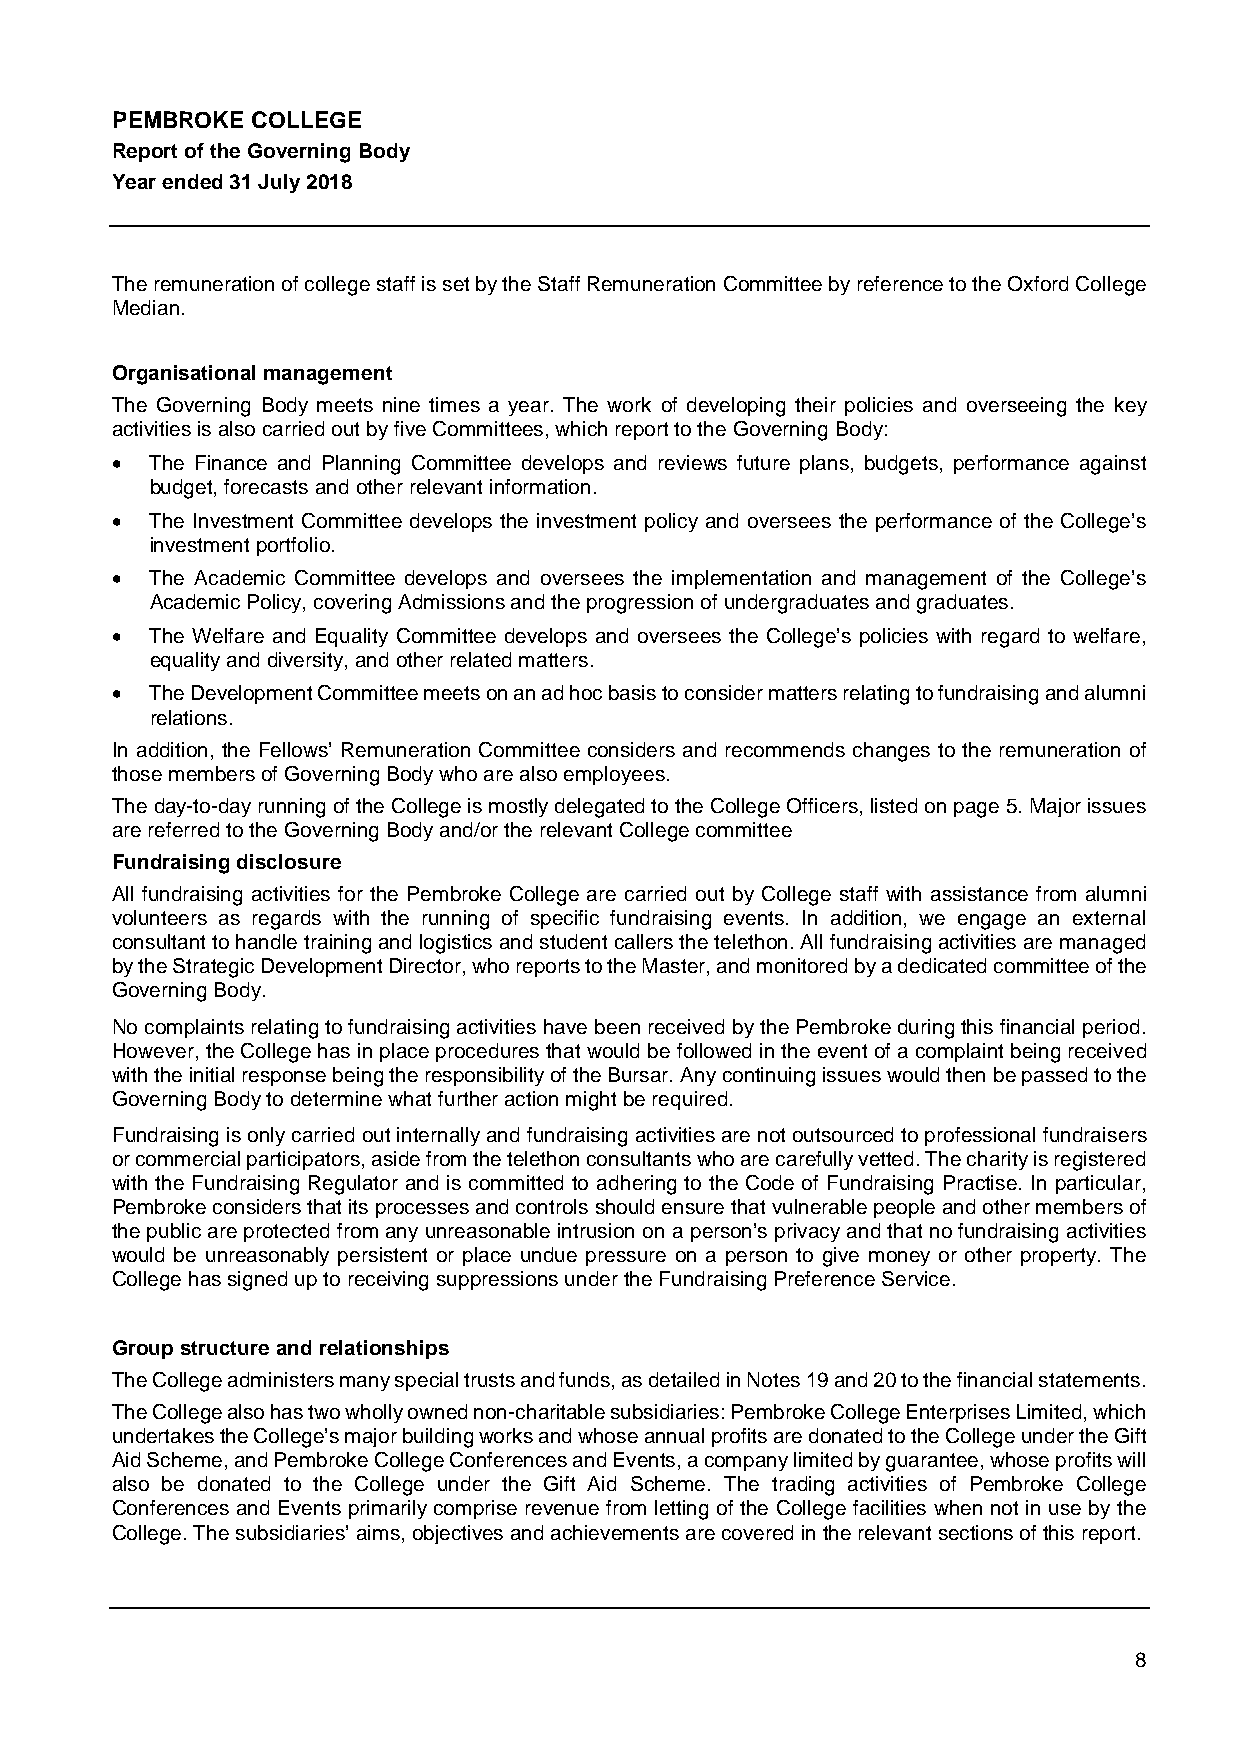
PEMBROKE  COLLEGE
 Report of the Governing Body
 Year ended 31 July 2018
 The remuneration of college staff is set by the Staff Remuneration Committee by reference to the Oxford College
 Median.
 Organisational management
 The Governing Body meets nine times a year. The work of developing their policies and overseeing the key
 activities is also carried out by five Committees, which report to the Governing Body:
   The Finance and Planning Committee develops and reviews future plans, budgets, performance against
 budget, forecasts and other relevant information.
   The Investment Committee develops the investment policy and oversees the performance of the College’s
 investment portfolio.
   The Academic Committee develops and oversees the implementation and management of the College’s
 Academic Policy, covering Admissions and the progression of undergraduates and graduates.
   The Welfare and Equality Committee develops and oversees the College’s policies with regard to welfare,
 equality and diversity, and other related matters.
   The Development Committee meets on an ad hoc basis to consider matters relating to fundraising and alumni
 relations.
 In addition, the Fellows’ Remuneration Committee considers and recommends changes to the remuneration of
 those members of Governing Body who are also employees.
 The day-to-day running of the College is mostly delegated to the College Officers, listed on page 5. Major issues
 are referred to the Governing Body and/or the relevant College committee
 Fundraising disclosure
 All fundraising activities for the Pembroke College are carried out by College staff with assistance from alumni
 volunteers as regards with the running of specific fundraising events. In addition, we engage an external
 consultant to handle training and logistics and student callers the telethon. All fundraising activities are managed
 by the Strategic Development Director, who reports to the Master, and monitored by a dedicated committee of the
 Governing Body.
 No complaints relating to fundraising activities have been received by the Pembroke during this financial period.
 However, the College has in place procedures that would be followed in the event of a complaint being received
 with the initial response being the responsibility of the Bursar. Any continuing issues would then be passed to the
 Governing Body to determine what further action might be required.
 Fundraising is only carried out internally and fundraising activities are not outsourced to professional fundraisers
 or commercial participators, aside from the telethon consultants who are carefully vetted. The charity is registered
 with the Fundraising Regulator and is committed to adhering to the Code of Fundraising Practise. In particular,
 Pembroke considers that its processes and controls should ensure that vulnerable people and other members of
 the public are protected from any unreasonable intrusion on a person’s privacy and that no fundraising activities
 would be unreasonably persistent or place undue pressure on a person to give money or other property. The
 College has signed up to receiving suppressions under the Fundraising Preference Service.
 Group structure and relationships
 The College administers many special trusts and funds, as detailed in Notes 19 and 20 to the financial statements.
 The College also has two wholly owned non-charitable subsidiaries: Pembroke College Enterprises Limited, which
 undertakes the College’s major building works and whose annual profits are donated to the College under the Gift
 Aid Scheme, and Pembroke College Conferences and Events, a company limited by guarantee, whose profits will
 also be donated to the College under the Gift Aid Scheme. The trading activities of Pembroke College
 Conferences and Events primarily comprise revenue from letting of the College facilities when not in use by the
 College. The subsidiaries’ aims, objectives and achievements are covered in the relevant sections of this report.
 8